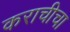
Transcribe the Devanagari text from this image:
कराचीचा